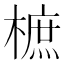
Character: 樜